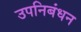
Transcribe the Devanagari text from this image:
उपनिबंधन